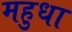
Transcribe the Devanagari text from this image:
महुधा